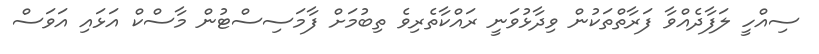
ސިއްހީ ލަފާދެއްވާ ފަރާތްތަކުން ވިދާޅުވަނީ ރައްކާތެރިވެ ތިބުމަށް ފާމަސިސްޓުން މާސްކް އަޅައި އަވަސް